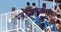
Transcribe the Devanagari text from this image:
खडकाखालून